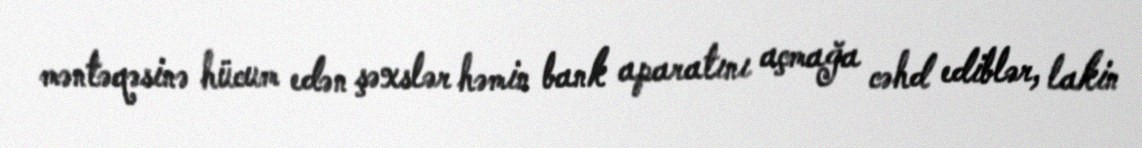
məntəqəsinə hücum edən şəxslər həmin bank aparatını açmağa cəhd ediblər, lakin